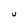
Character: U